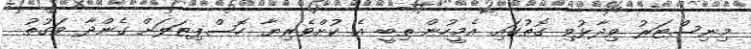
މިނިސްޓަރު ވިދާޅުވި ގޮތުގައި އެމީހުން ތިބީ އެ ކުށްވެރިޔާ ހޮސްޕިޓަލަށް ގެންދާ ވަގުތު